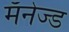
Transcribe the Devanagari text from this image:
मॅनेज्ड